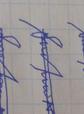
Signature authenticity: forged